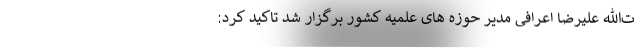
ت‌الله علیرضا اعرافی مدیر حوزه های علمیه کشور برگزار شد تاکید کرد: